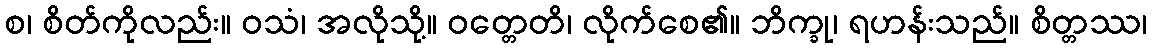
စ၊ စိတ်ကိုလည်း။ ဝသံ၊ အလိုသို့။ ဝတ္တေတိ၊ လိုက်စေ၏။ ဘိက္ခု၊ ရဟန်းသည်။ စိတ္တဿ၊